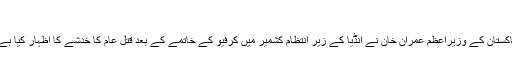
’
پاکستان کے وزیراعظم عمران خان نے انڈیا کے زیر انتظام کشمیر میں کرفیو کے خاتمے کے بعد قتل عام کا خدشے کا اظہار کیا ہے۔